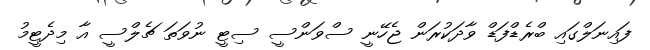
ފައިނަލްގައި ބްރެޑްފަޑް ވާދަކުރަން ޖެހޭނީ ސްވަންސީ ސިޓީ ނުވަތަ ޗެލްސީ އާ މިދެޓީމު